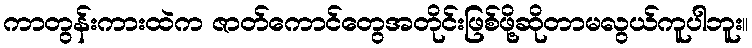
ကာတွန်းကားထဲက ဇာတ်ကောင်တွေအတိုင်းဖြစ်ဖို့ဆိုတာမလွယ်ကူပါဘူး။